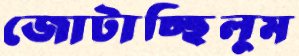
জোটাচ্ছিলুম